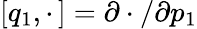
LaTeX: [q_{1},\cdot\, ]=\partial\cdot/\partial p_{1}